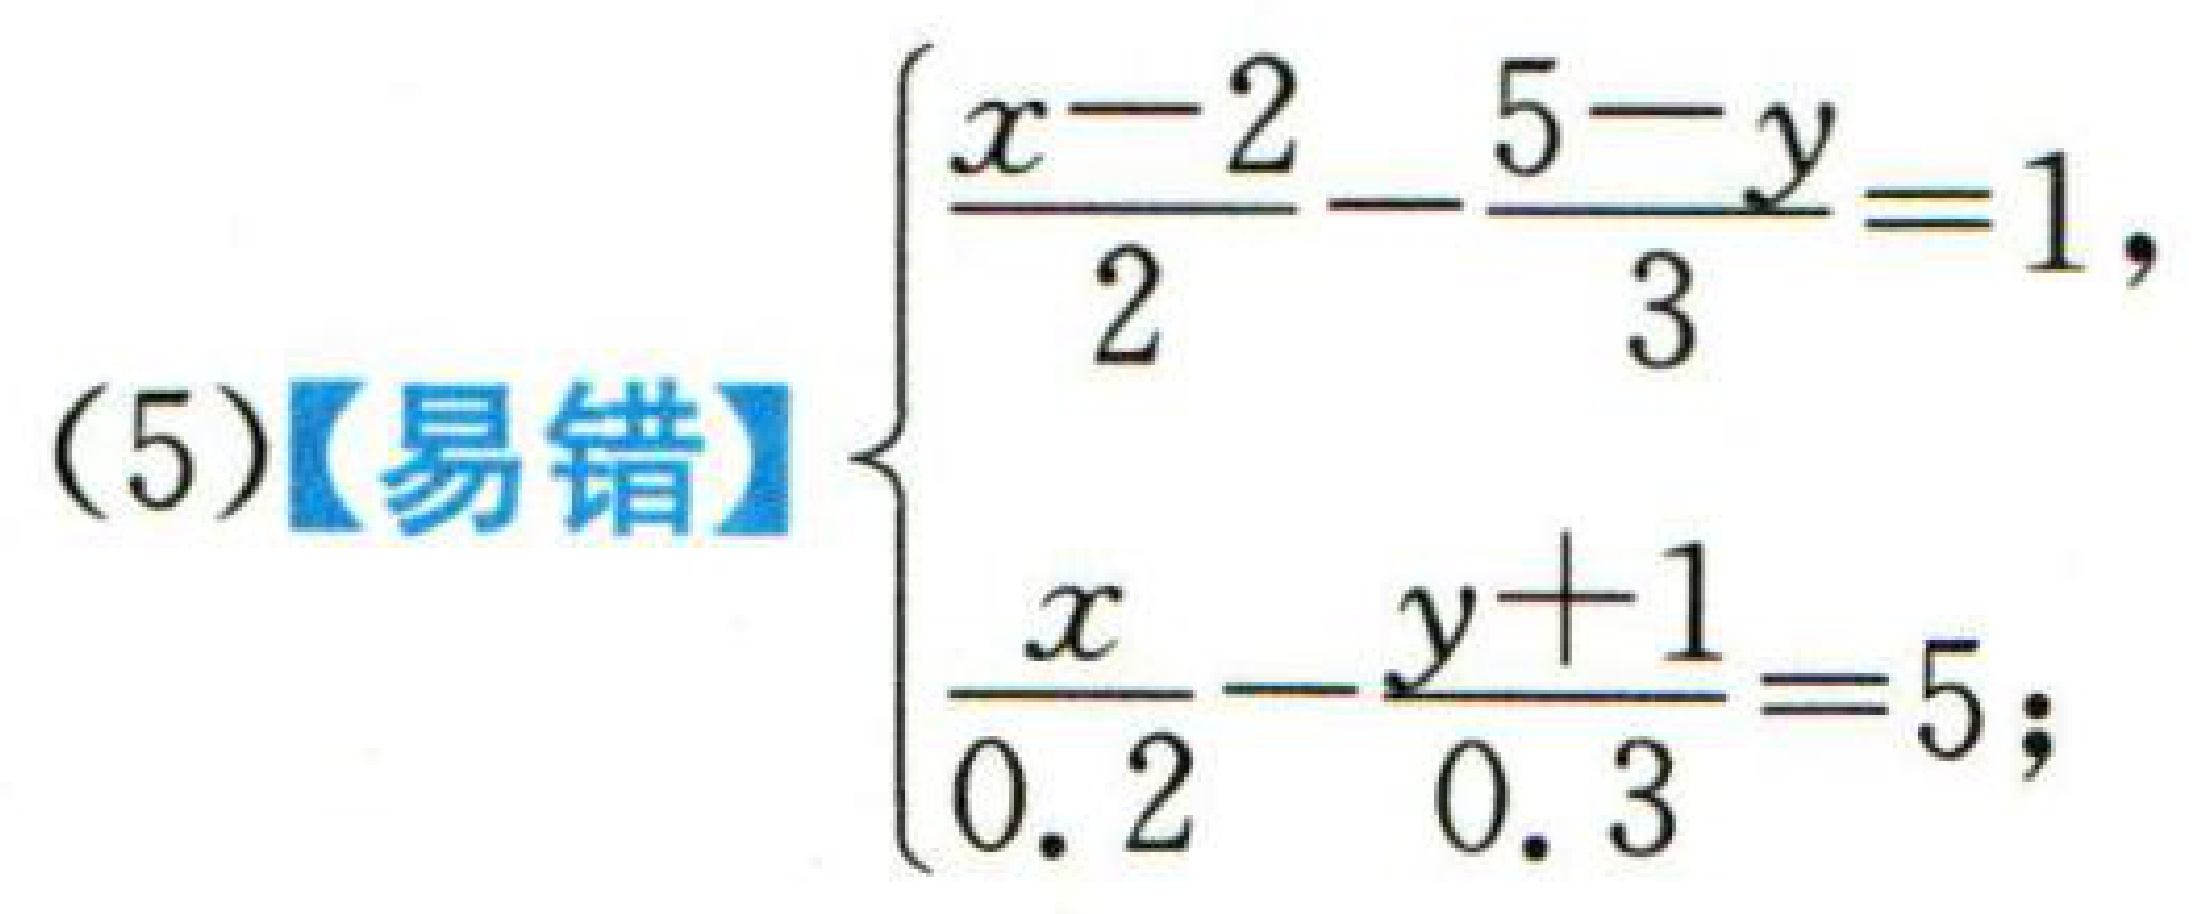
(5)【易错】$\begin{cases}\dfrac{x - 2}{2}-\dfrac{5 - y}{3}=1,\\\dfrac{x}{0.2}-\dfrac{y + 1}{0.3}=5;\end{cases}$